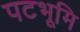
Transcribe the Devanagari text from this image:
पटभूमि